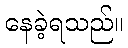
နေခဲ့ရသည်။